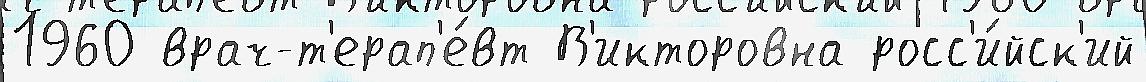
1960 врач-т'ерап'е́вт В'икторовна росс'и́йск'ий